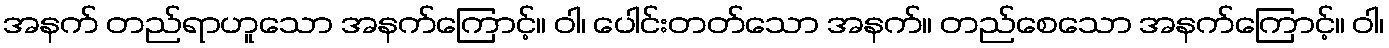
အနက် တည်ရာဟူသော အနက်ကြောင့်။ ဝါ၊ ပေါင်းတတ်သော အနက်။ တည်စေသော အနက်ကြောင့်။ ဝါ၊